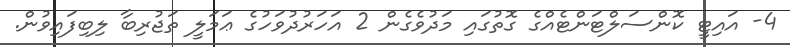
4- އައިޓީ ކޮންސަލްޓަންޓެއްގެ ގޮތުގައި މަދުވެގެން 2 އަހަރުދުވަހުގެ ޢަމަލީ ތަޖުރިބާ ލިބިފައިވުން.